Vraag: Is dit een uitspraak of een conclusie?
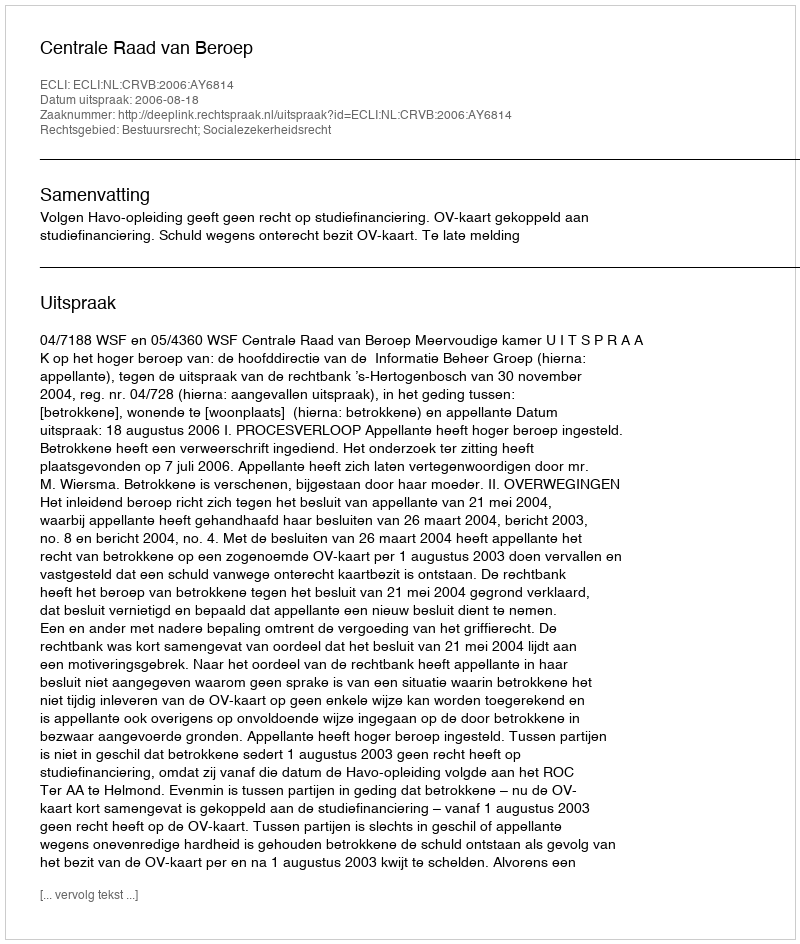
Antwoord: Uitspraak